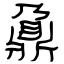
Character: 鼐